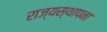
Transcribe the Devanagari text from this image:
राज्यस्थापना